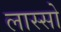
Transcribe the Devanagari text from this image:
लास्सो